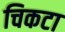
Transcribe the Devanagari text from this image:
चिकटा